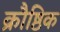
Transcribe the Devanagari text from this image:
क्रौष्ठिक